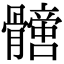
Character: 𩪩